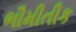
ભૌમીતીક